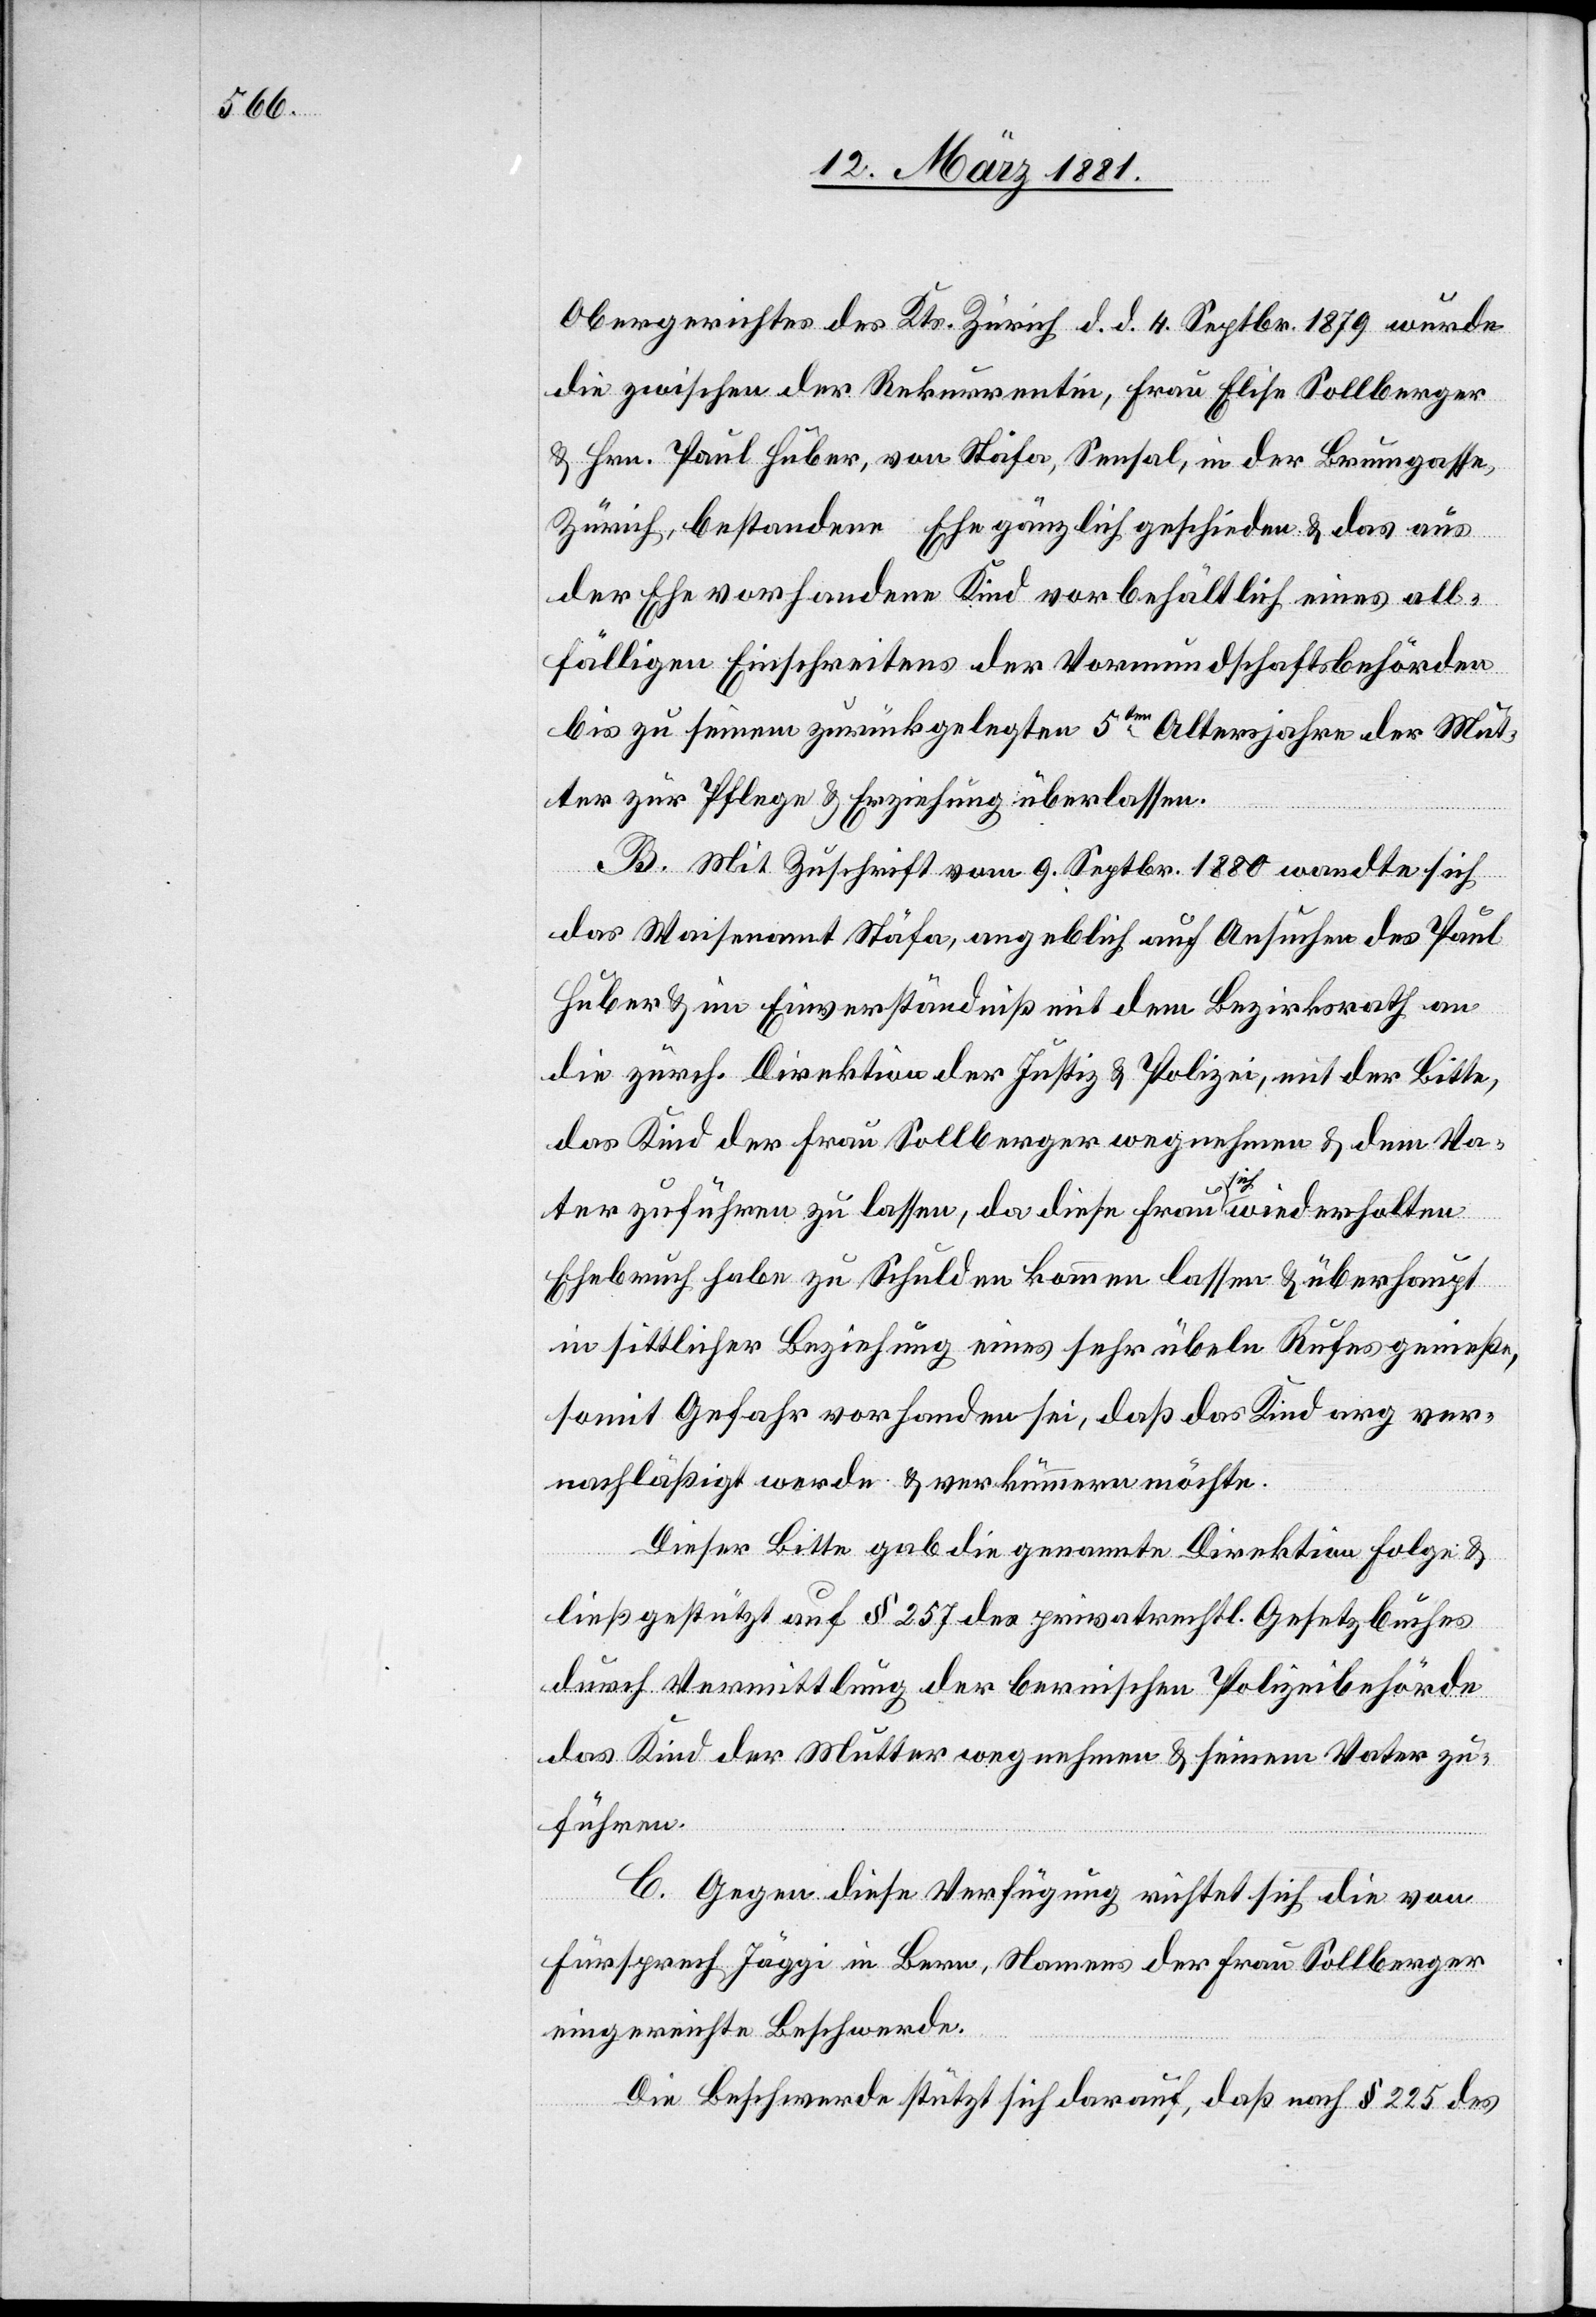
Obergerichtes des Kts. Zürich d. d. 4. Septbr. 1879 wurde
die zwischen der Rekurrentin, Frau Elise Sollberger
& Hrn. Paul Huber, von Stäfa, Sensal, in der Brumgasse,
Zürich, bestandene Ehe gänzlich geschieden & das aus
der Ehe vorhandene Kinde vorbehältlich eines all¬
fälligen Einschreitens der Vormundschaftsbehörden
bis zu seinem zurückgelegten 5ten Altersjahre der Mut¬
ter zur Pflege & Erziehung überlassen.
B. Mit Zuschrift vom 9. Septbr. 1880 wandte sich
das Waisenamt Stäfa, angeblich auf Ansuchen des Paul
Huber & im Einverständniß mit dem Bezirksrath an
die zürch. Direktion der Justiz & Polizei, mit der Bitte,
das Kind der Frau Sollberger wegnehmen & dem Va¬
ter zuführen zu lassen, da diese Frau sich wiederholten
Ehebruch habe zu Schulden kommen lassen & überhaupt
in sittlicher Beziehung eines sehr übeln Rufes genieße,
somit Gefahr vorhanden sei, daß das Kind arg ver¬
nachläßigt werde & verkümmern möchte.
Dieser Bitte gab die genannte Direktion Folge &
ließ gestützt auf § 257 des privatrechtl. Gesetzbuches
durch Vermittlung der bernischen Polizeibehörde
das Kind der Mutter wegnehmen & seinem Vater zu¬
führen.
C. Gegen diese Verfügung richtet sich die von
Fürsprech Jäggi in Bern, Namens der Frau Sollberger
eingereichte Beschwerde.
Die Beschwerde stützt sich darauf, daß nach § 225 des